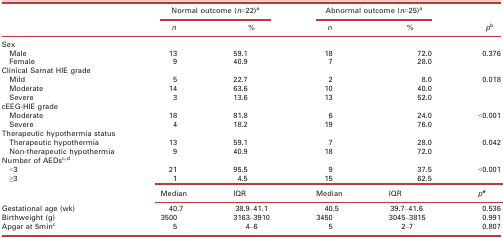
| <ROWSPAN=2>  | <COLSPAN=2> Normal outcome (n=22)a | <COLSPAN=2> Abnormal outcome (n=25)a | <ROWSPAN=2> pb |
 | n | % | n | % |
 | --- | --- | --- | --- | --- | --- |
 | <COLSPAN=6> Sex |
 | Male | 13 | 59.1 | 18 | 72.0 | <ROWSPAN=2> 0.376 |
 | Female | 9 | 40.9 | 7 | 28.0 |
 | <COLSPAN=6> Clinical Sarnat HIE grade |
 | Mild | 5 | 22.7 | 2 | 8.0 | <ROWSPAN=3> 0.018 |
 | Moderate | 14 | 63.6 | 10 | 40.0 |
 | Severe | 3 | 13.6 | 13 | 52.0 |
 | <COLSPAN=6> cEEG‐HIE grade |
 | Moderate | 18 | 81.8 | 6 | 24.0 | <ROWSPAN=2> <0.001 |
 | Severe | 4 | 18.2 | 19 | 76.0 |
 | <COLSPAN=6> Therapeutic hypothermia status |
 | Therapeutic hypothermia | 13 | 59.1 | 7 | 28.0 | <ROWSPAN=2> 0.042 |
 | Non‐therapeutic hypothermia | 9 | 40.9 | 18 | 72.0 |
 | <COLSPAN=6> Number of AEDsc,d |
 | <3 | 21 | 95.5 | 9 | 37.5 | <0.001 |
 | ≥3 | 1 | 4.5 | 15 | 62.5 |  |
 |  | Median | IQR | Median | IQR | pe |
 | Gestational age (wk) | 40.7 | 38.9–41.1 | 40.5 | 39.7–41.6 | 0.536 |
 | Birthweight (g) | 3500 | 3163–3910 | 3450 | 3045–3815 | 0.991 |
 | Apgar at 5minc | 5 | 4–6 | 5 | 2–7 | 0.807 |